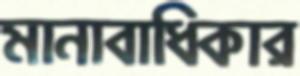
মানাবাধিকার